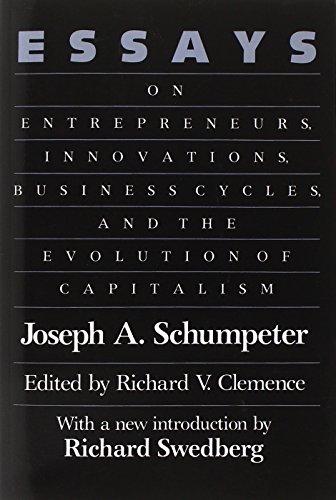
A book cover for Essays: On Entrepreneurs, Innovations, Business Cycles, and the Evolution of Capitalism; Joseph A. Schumpeter; Business & Money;